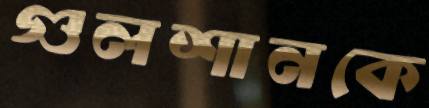
গুলশানকে